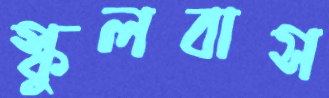
স্কুলবাস